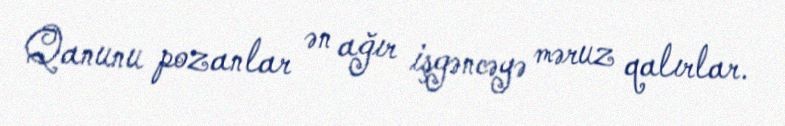
Qanunu pozanlar ən ağır işgəncəyə məruz qalırlar.